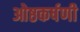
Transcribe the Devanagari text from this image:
ओष्ठकर्षणी